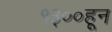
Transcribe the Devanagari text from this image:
१३००हून